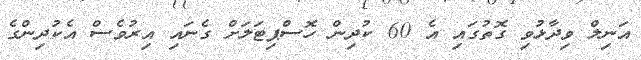
އަނިލް ވިދާޅުވި ގޮތުގައި އެ 60 ކުދިން ހޮސްޕިޓަލަށް ގެނައި އިރުވެސް އެކުދިންގެ